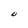
Character: U